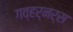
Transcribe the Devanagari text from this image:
गव्हर्नर्स